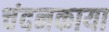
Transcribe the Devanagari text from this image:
चंदनकाया